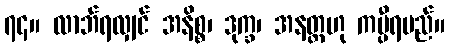
၇၄။ လာဘ်ရလျှင် အနိစ္စ၊ ဒုက္ခ၊ အနတ္တဟု ကပ္ပီရမည်။